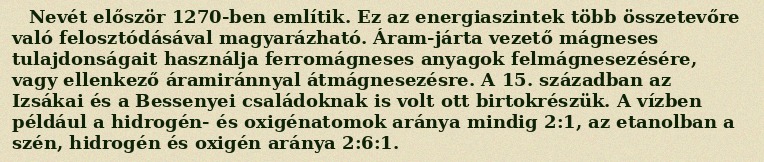
Nevét először 1270-ben említik. Ez az energiaszintek több összetevőre való felosztódásával magyarázható. Áram-járta vezető mágneses tulajdonságait használja ferromágneses anyagok felmágnesezésére, vagy ellenkező áramiránnyal átmágnesezésre. A 15. században az Izsákai és a Bessenyei családoknak is volt ott birtokrészük. A vízben például a hidrogén- és oxigénatomok aránya mindig 2:1, az etanolban a szén, hidrogén és oxigén aránya 2:6:1.